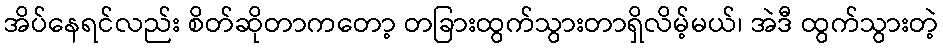
အိပ်နေရင်လည်း စိတ်ဆိုတာကတော့ တခြားထွက်သွားတာရှိလိမ့်မယ်၊ အဲဒီ ထွက်သွားတဲ့